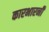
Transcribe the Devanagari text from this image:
कारभारनी